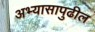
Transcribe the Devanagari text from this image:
अभ्यासापुढील